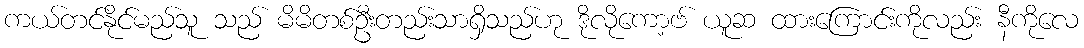
ကယ်တင်နိုင်မည်သူ သည် မိမိတစ်ဦးတည်းသာရှိသည်ဟု ဒိုလိုကော့ဗ် ယူဆ ထားကြောင်းကိုလည်း နီကိုလေ